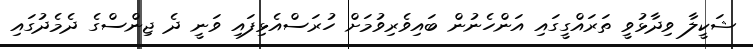
ޝަކީލާ ވިދާޅުވީ ތަރައްގީގައި އަންހެނުން ބައިވެރިވުމަށް ހުރަސްއެޅިފައި ވަނީ ދެ ޖިންސްގެ ދެމެދުގައި